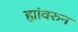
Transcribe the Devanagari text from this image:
ह्यांवरुन